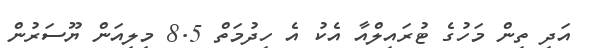
އަދި ތިން މަހުގެ ޓުރައިލްއާ އެކު އެ ހިދުމަތް 8.5 މިލިއަން ޔޫސަރުން